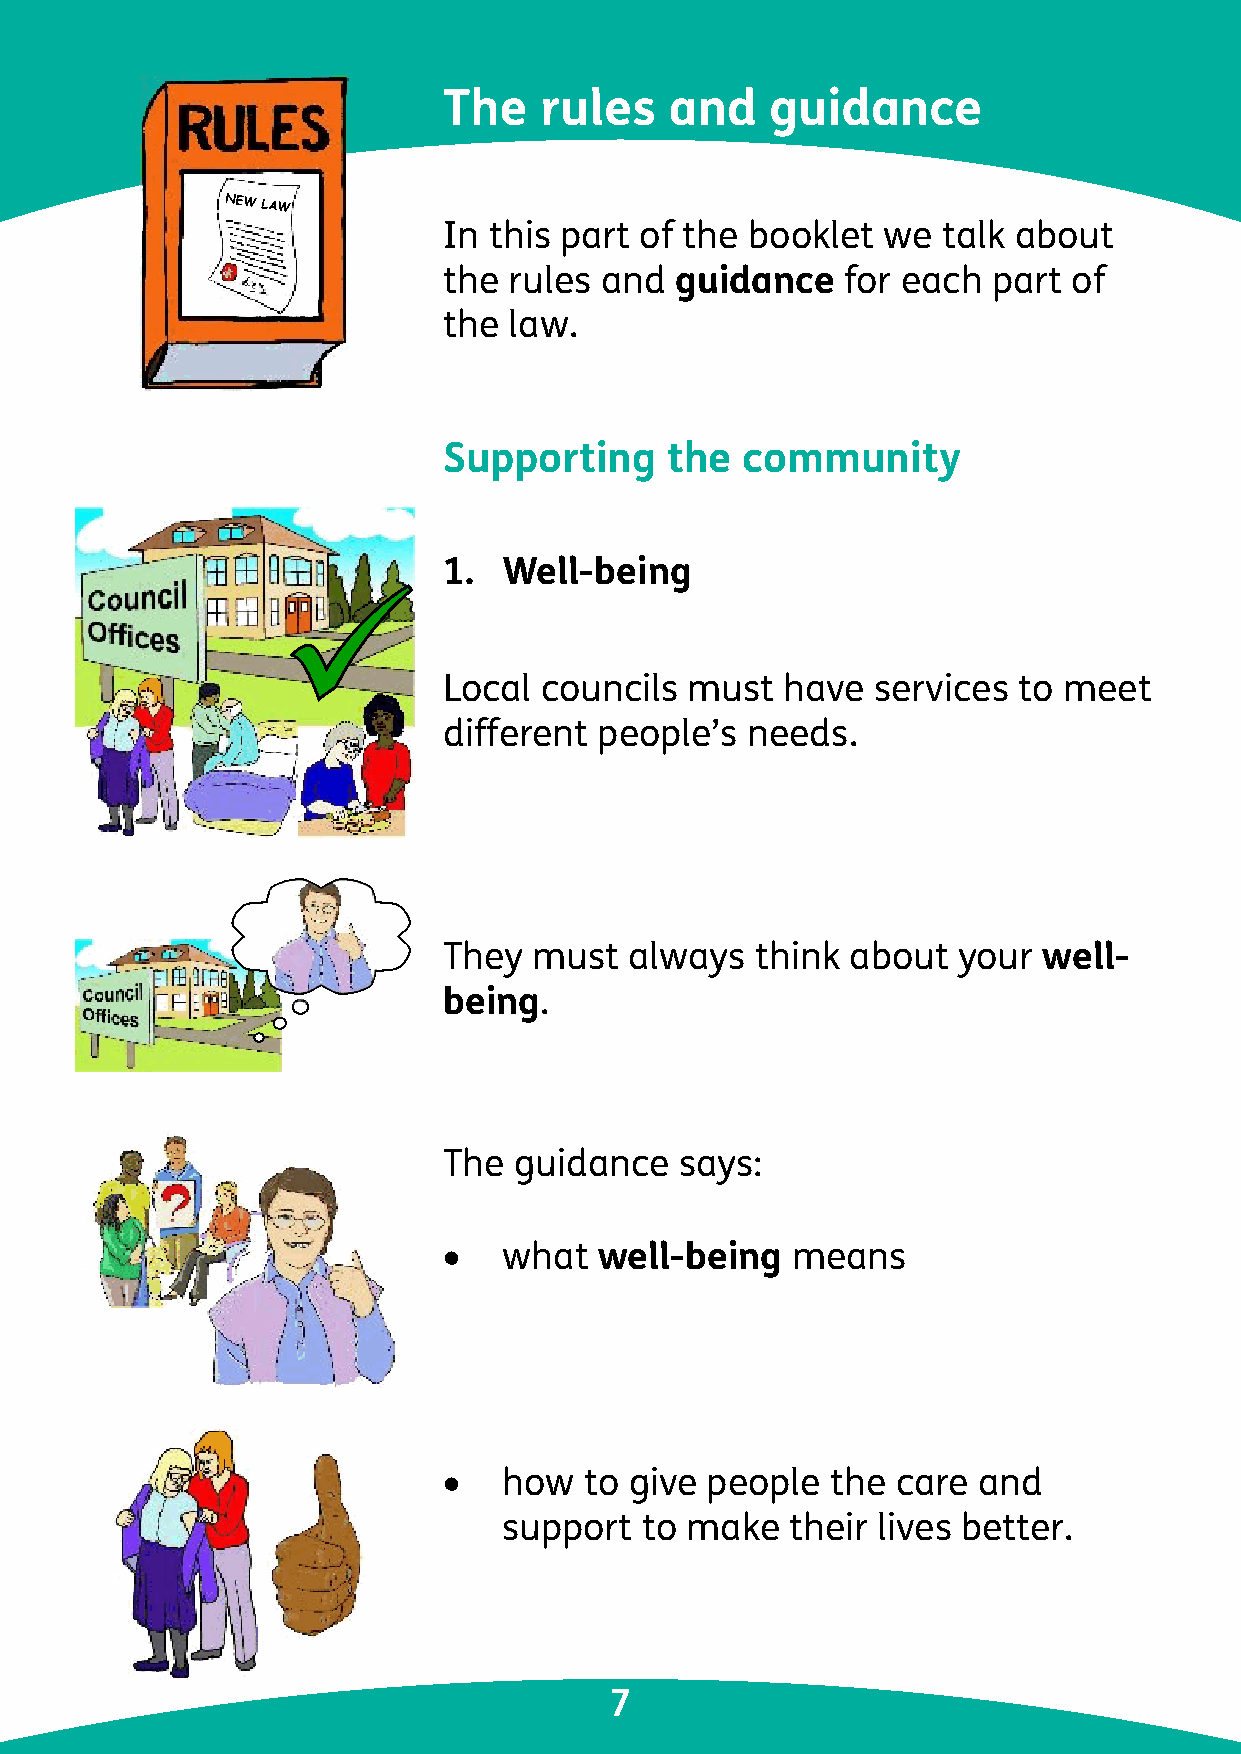
The    rules   and    guidance
 NEW LAW
 In this part of the  booklet we  talk about
 the  rules and  guidance   for each  part of
 the  law.
 Supporting     the  community
 1.  Well-being
 Local  councils must   have  services to meet
 different  people’s needs.
 They  must   always  think about  your  well-
 being.
 The  guidance   says:
 •   what   well-being  means
 •   how   to give people  the care  and
 support  to make   their lives better.
 7